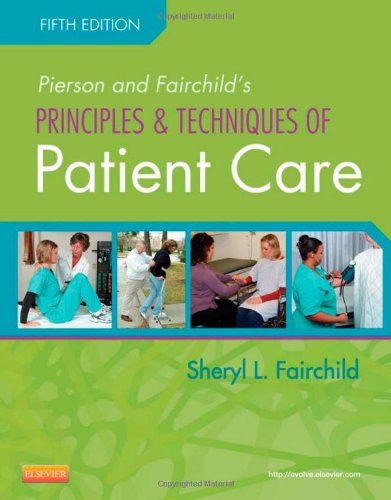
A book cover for Pierson and Fairchild's Principles & Techniques of Patient Care, 5e; Sheryl L. Fairchild BS  PT; Medical Books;